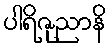
ပါရိဇုညာနိ